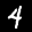
Label: 4